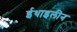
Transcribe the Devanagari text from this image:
ईथाइलीन